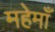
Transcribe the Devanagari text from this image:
महेमाँ